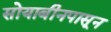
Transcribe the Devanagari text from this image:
सोयाबीनपासून